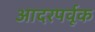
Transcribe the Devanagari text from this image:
आदरपर्वूक